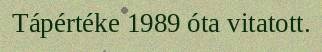
Tápértéke 1989 óta vitatott.